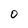
Character: 0